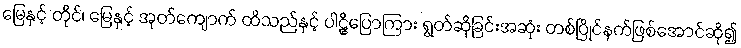
မြေနှင့် တိုင်၊ မြေနှင့် အုတ်ကျောက် ထိသည်နှင့် ပါဠိပြောကြား ရွတ်ဆိုခြင်းအဆုံး တစ်ပြိုင်နက်ဖြစ်အောင်ဆို၍